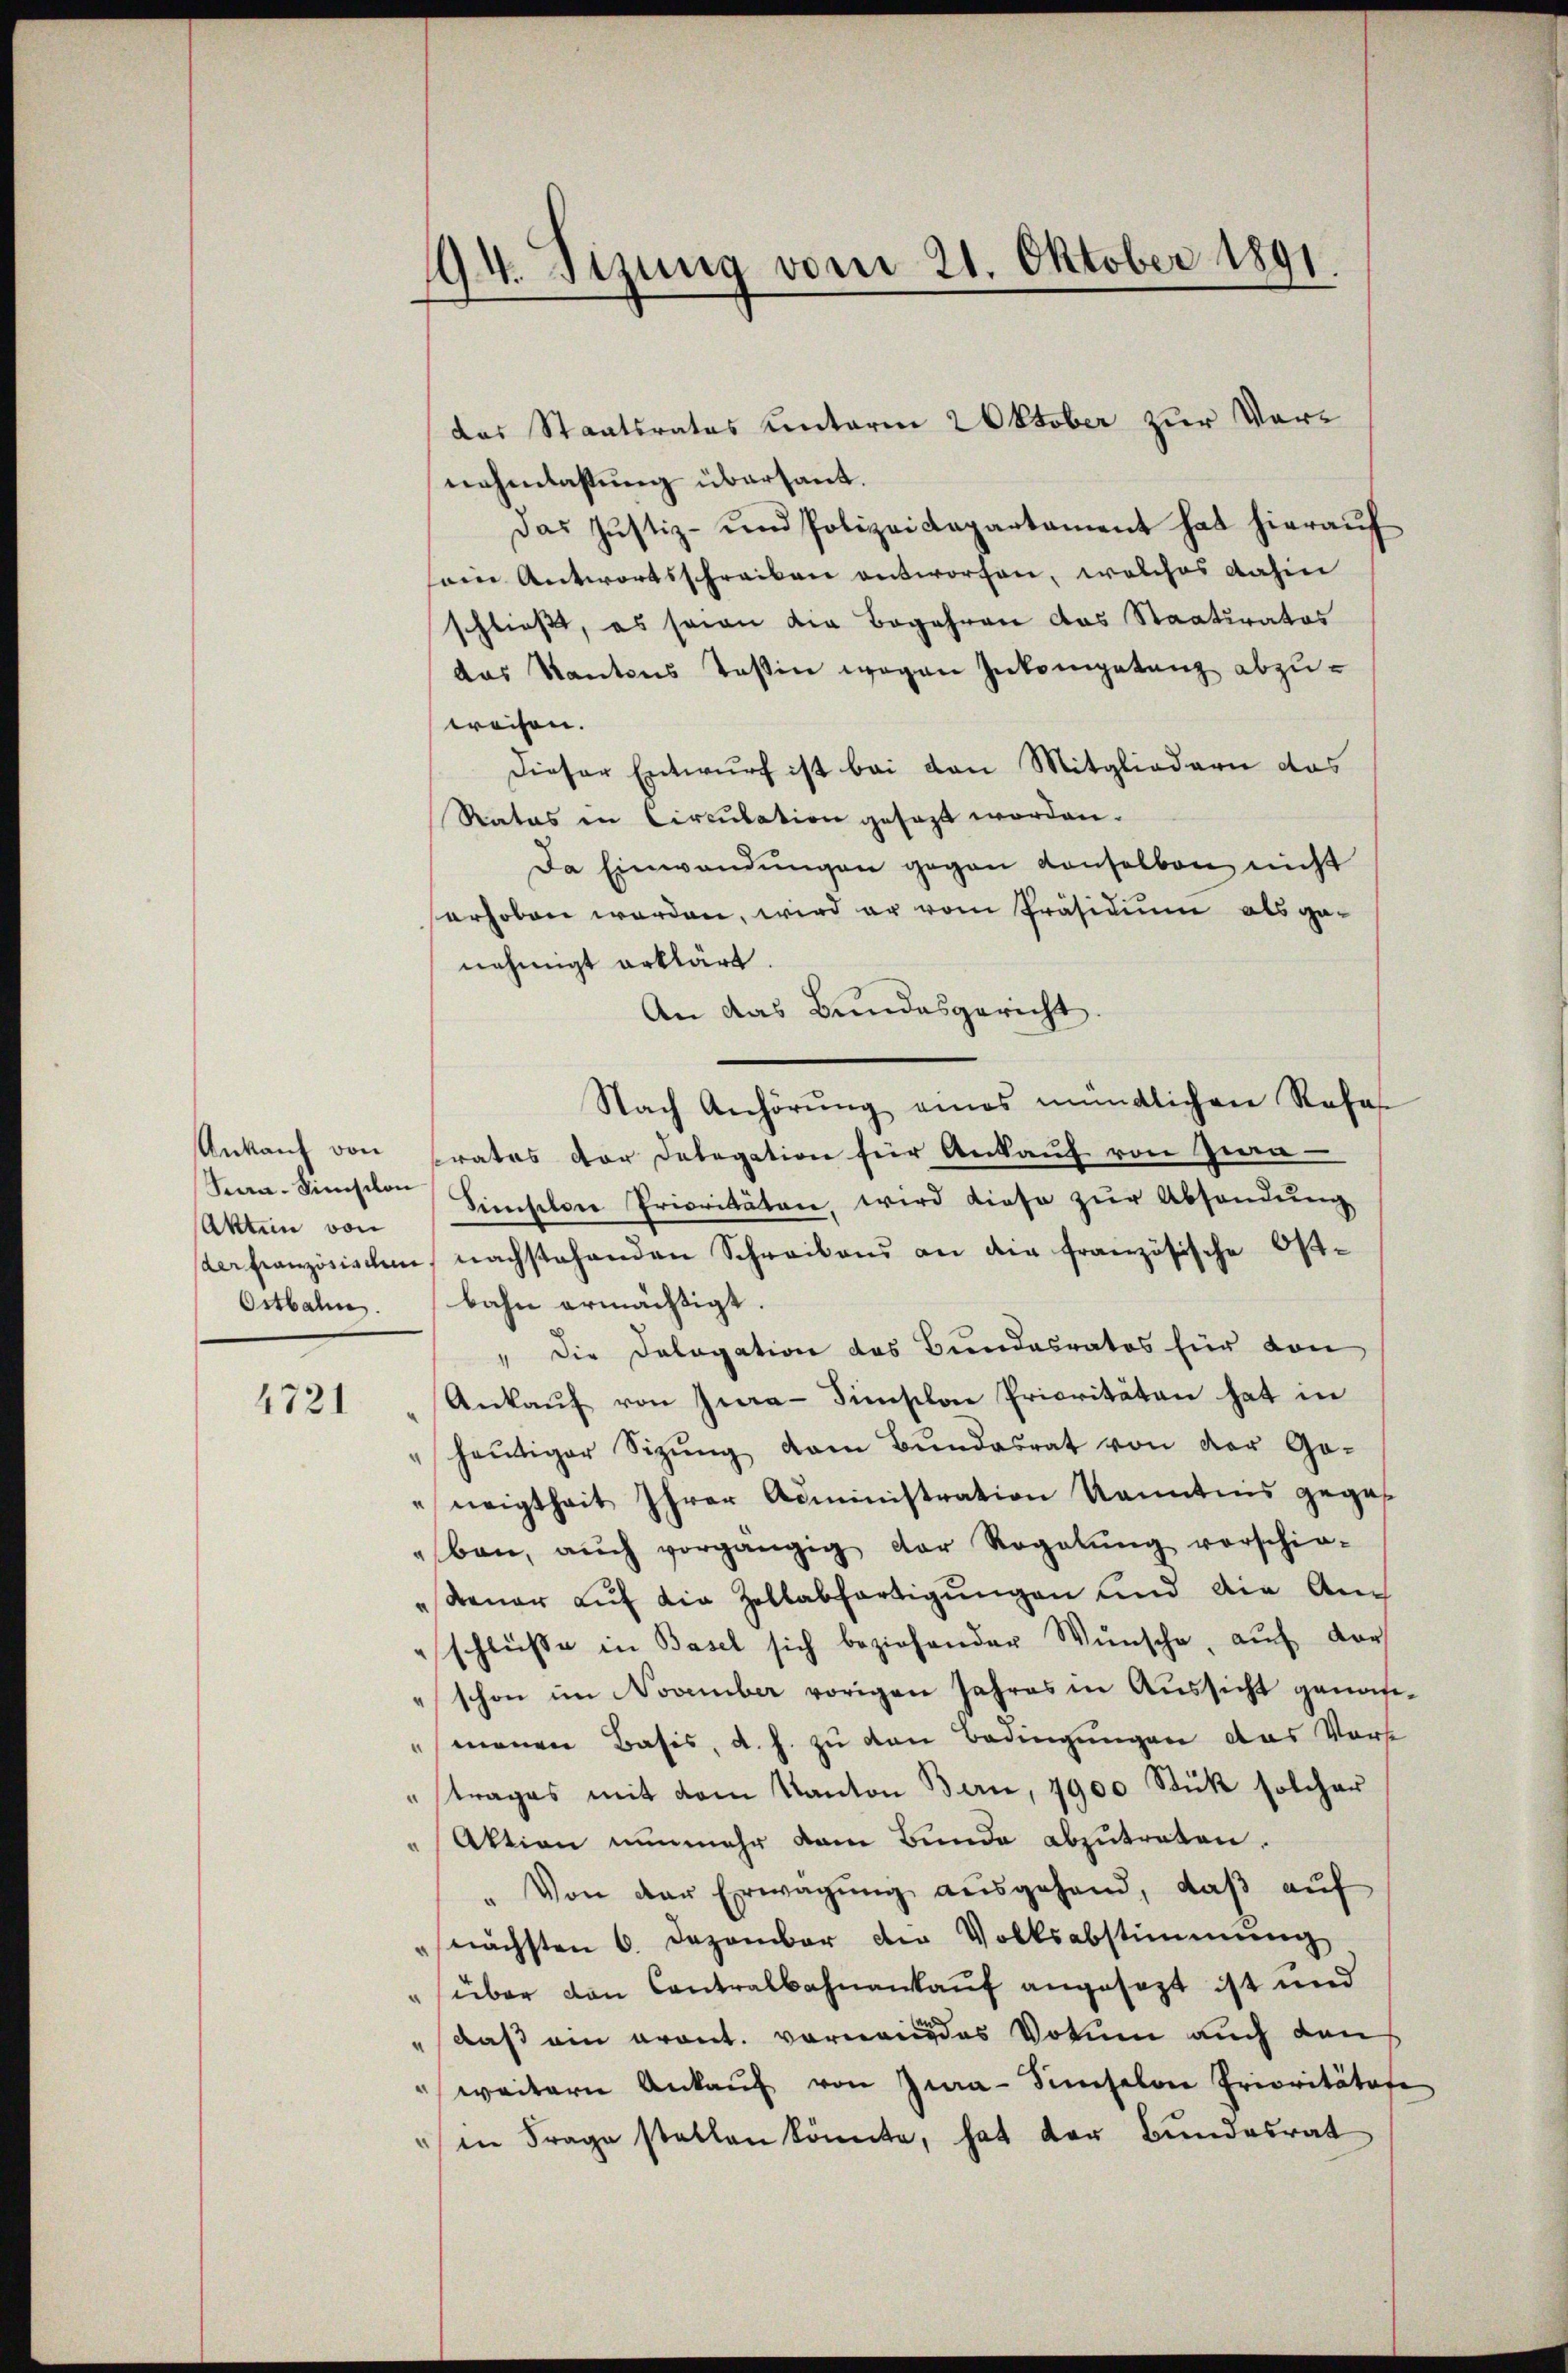
Ankauf von
Aktien von
Ostbahn.

4721

194. Sizung vom 21. Oktober 1891

das Staatsrates unterm 2 Oktober zur Vornahenlassung übersant.
Das Justiz- und Polizeidepartament hat hieraŭf
sein Antwortsschreiben antworfen, welches dahin
schließt, es seien die Begehren das Staatsrates
das Kantons Teßin wegen Inkompetenz abzuweisen.
Dieser Entwurf ist bei den Mitgliedern das
Ratas in Circulation gesezt worden.
Da Einwendungen gegen Konselben nicht
herhoben worden, wird er vom Präsidium als genehmigt erklärt
An das Bundesgericht.
Nach Anhörŭng eines mündlichen Refe
rates der Delegation für Ankauf von Zwa
nn. Simsten Sieschen Prioritäten, wird diese zŭr Absendŭng
derfranzösischen, nachstehenden Schreibens an die französische Ostbahn ermächtigt.
" die Dologation des Bundesrates für von
Ankaŭf von Jwa-Simischen Prioritäten hat in
" heŭtiger Sizŭng vom Bŭndesrat von der Ge-
neigtheit Ihrer Administration kanntnis geges
ben, aŭch vorgängig der Regelŭng vorschie-
dauer aŭf die Zollabfertigŭngen und die Anschlüße in Basel sich beziehender Wünsche, auf der
schon im November vorigen Jahres in Aussicht genos-
menen Basis, d. h. zu den Bedingungen das Vorst
"trages mit dem Kanton Bern, 7900 Stück solcher
"Aktion nunmehr dem Bunde abzutreten.
" Von der Erwägŭng aŭsgehand, daβ aŭf
nächsten 6. Dezember die Volksabstimmung
" über den Contralbahnankauf angesezt ist und
daß ein vront. vornen das Votum auch den
weitern Ankaŭf von Jua-Simselbe Prioritätafe
" in Frage statten könnte, hat der Bundesrat